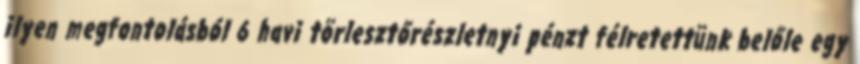
ilyen megfontolásból 6 havi törlesztőrészletnyi pénzt félretettünk belőle egy